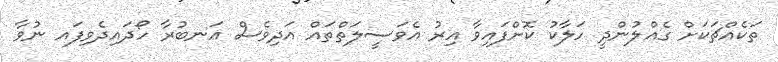
ތަކެއްޗަކަށް ގެއްލުންދީ ހަލާކު ކޮށްފައިވާ އިރު އެވަސީލަތްތައް އަދިވެސް އަނބުރާ ހޯދައިދެވިފައ ނުވާ